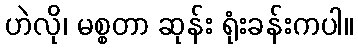
ဟဲလို၊ မစ္စတာ ဆုန်း ရုံးခန်းကပါ။